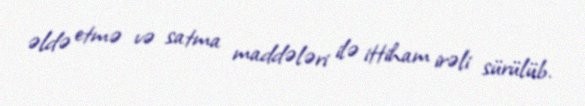
əldə etmə və satma maddələri ilə ittiham irəli sürülüb.